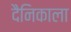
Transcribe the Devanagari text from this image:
दैनिकाला